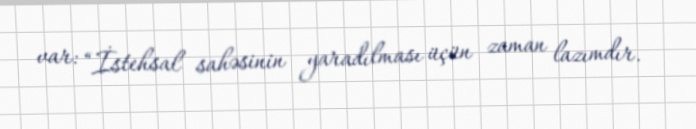
var: “İstehsal sahəsinin yaradılması üçün zaman lazımdır.